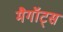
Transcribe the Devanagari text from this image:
मैगॉट्स